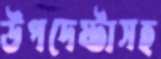
উপদেষ্টাসহ